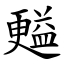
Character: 㬲